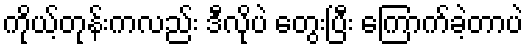
ကိုယ့်တုန်းကလည်း ဒီလိုပဲ တွေးပြီး ကြောက်ခဲ့တာပဲ